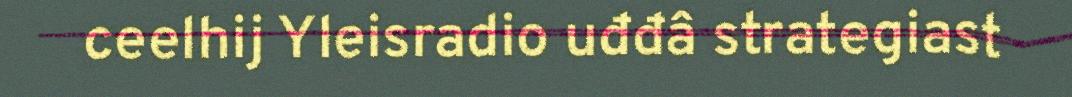
ceelhij Yleisradio uđđâ strategiast